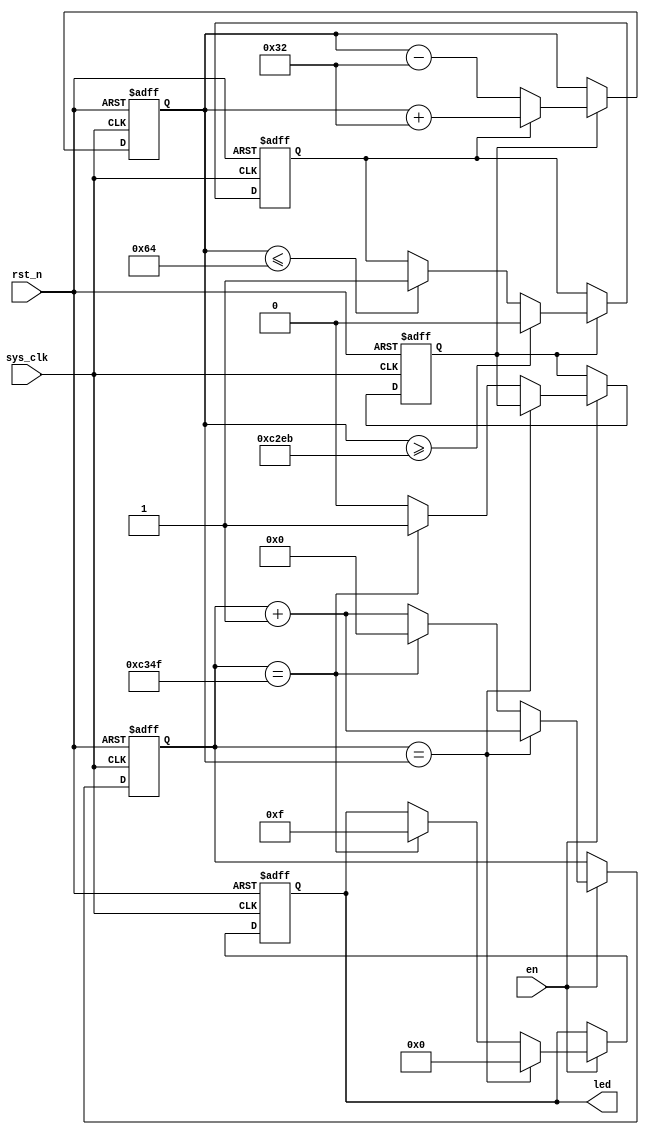
module Breathing_LED 
(
    input  wire     sys_clk, 
    input  wire     rst_n,    // 
    input  wire     en,       //
    output reg[3:0] led               
);  

    parameter overflow_val = 16'd49_999;                         //PWM1000Hz
    parameter increment = (overflow_val+16'd1) * 1 / 1000;       //0.1
    //parameter temp = (overflow_val+16'd1) * 60 / 100 - 1;      //60

    reg [15:0] cnt;
    reg [15:0] temp;
    reg flag, dir;
    
    
    always @(posedge sys_clk, negedge rst_n) begin       //1000Hz,0.1
        if(rst_n == 1'b0) begin
            temp <= 16'd0;
            dir <= 1'd1;
        end
        else if(flag == 1'b1) begin
            if(dir == 1'b1)
                temp <= temp + increment;
            else
                temp <= temp - increment;
                
            if(temp >= overflow_val - 2*increment)      //2*increment
                dir <= 1'd0;
            else if(temp <= 2*increment)
                dir <= 1'd1;
            else
                dir <= dir;
        end
    end
    
    
    always @(posedge sys_clk, negedge rst_n) begin
        if(rst_n == 1'b0) begin
            cnt <= 16'd0;
            led <= 4'b0000;
            flag <= 1'd0;
        end
        else if(en == 1'b0)
            led <= led;
        else begin
            if(cnt == temp) begin
                led <= 4'b0000;
                cnt <= cnt + 16'd1;
                flag <= flag;
            end
            else if(cnt == overflow_val) begin
                cnt <= 16'd0;
                led <= 4'b1111;
                flag <= 1'd1;             //
            end
            else begin
                cnt <= cnt + 16'd1;
                led <= led;
                flag <= 1'd0;
            end
        end
    end
    
    
endmodule